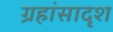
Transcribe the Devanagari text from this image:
ग्रहांसादृश